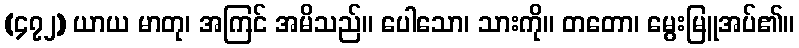
(၄၇၂) ယာယ မာတု၊ အကြင် အမိသည်။ ပေါသော၊ သားကို။ တတော၊ မွေးမြူအပ်၏။